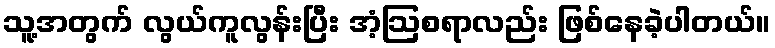
သူ့အတွက် လွယ်ကူလွန်းပြီး အံ့ဩစရာလည်း ဖြစ်နေခဲ့ပါတယ်။